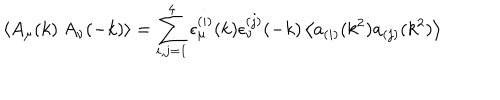
LaTeX: \left< A _ { \mu } ( k ) \ A _ { \nu } ( - k ) \right> = \sum _ { i , j = 1 } ^ { 4 } \epsilon _ { \mu } ^ { ( i ) } ( k ) \epsilon _ { \nu } ^ { ( j ) } ( - k ) \left< a _ { ( i ) } ( k ^ { 2 } ) a _ { ( j ) } ( k ^ { 2 } ) \right>